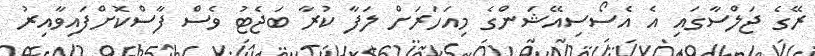
ރޭގެ ޖަލްސާގައި އެ އެސޯސިއޭޝަންގެ މިއަހަރަށް ލަފާ ކުރާ ބަޖެޓު ވެސް ފާސްކޮށްފައިވާއިރު